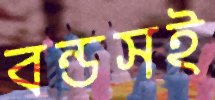
বন্ডসই